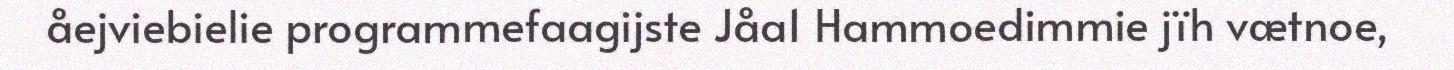
åejviebielie programmefaagijste Jåa1 Hammoedimmie jïh vætnoe,